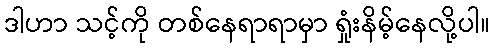
ဒါဟာ သင့်ကို တစ်နေရာရာမှာ ရှုံးနိမ့်နေလို့ပါ။